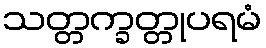
သတ္တက္ခတ္တုပရမံ